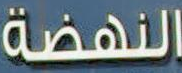
النهضة